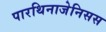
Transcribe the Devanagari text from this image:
पारथिनाजेनिसस